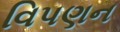
વિપણન